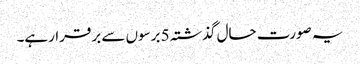
یہ صورت حال گذشتہ 5 برسوں سے برقرارہے۔